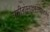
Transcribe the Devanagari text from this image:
अमीनोग्लाइकोसाइडजैसे